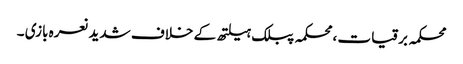
محکمہ برقیات ،محکمہ پبلک ہیلتھ کے خلاف شدید نعرہ بازی ۔